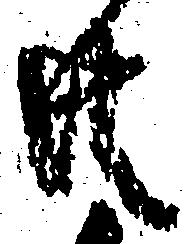
共